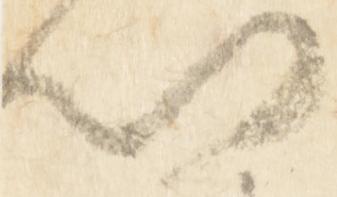
門